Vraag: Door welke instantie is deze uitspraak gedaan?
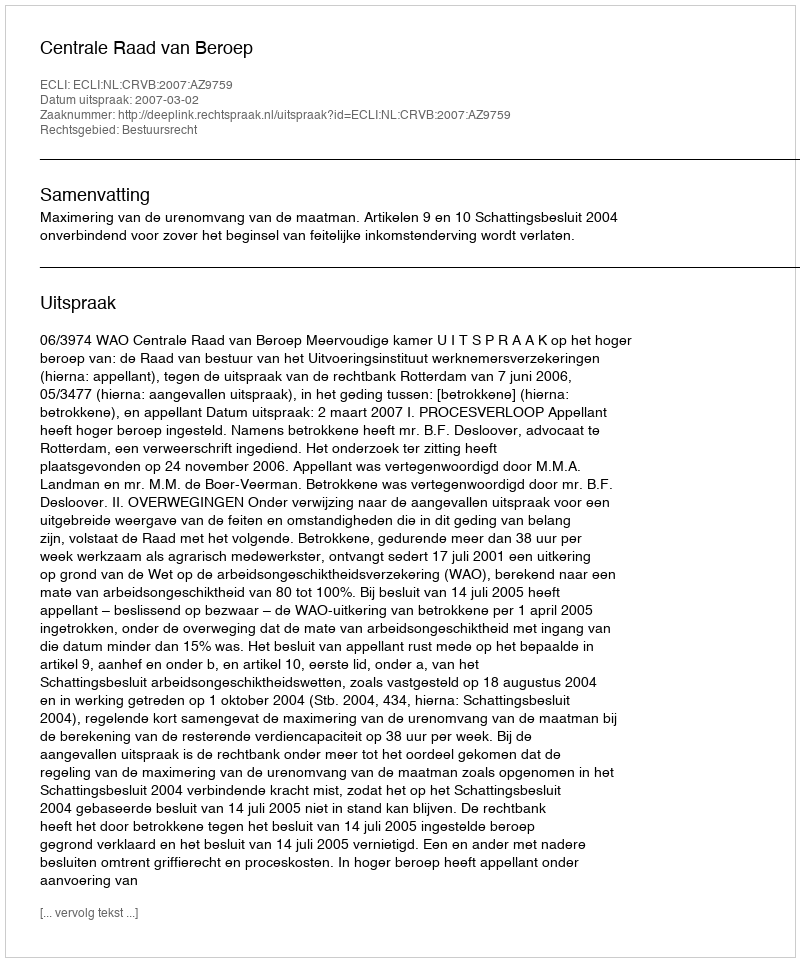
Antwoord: Centrale Raad van Beroep